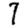
Digit: 7